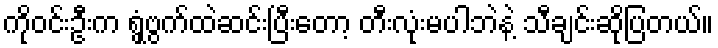
ကိုဝင်းဦးက ရွှံ့ဗွက်ထဲဆင်းပြီးတော့ တီးလုံးမပါဘဲနဲ့ သီချင်းဆိုပြတယ်။